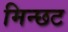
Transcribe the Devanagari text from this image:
मिन्छट